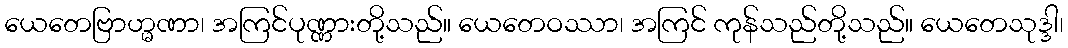
ယေတေဗြာဟ္မဏာ၊ အကြင်ပုဏ္ဏားတို့သည်။ ယေတေဝဿာ၊ အကြင် ကုန်သည်တို့သည်။ ယေတေသုဒ္ဒါ၊